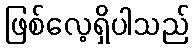
ဖြစ်လေ့ရှိပါသည်